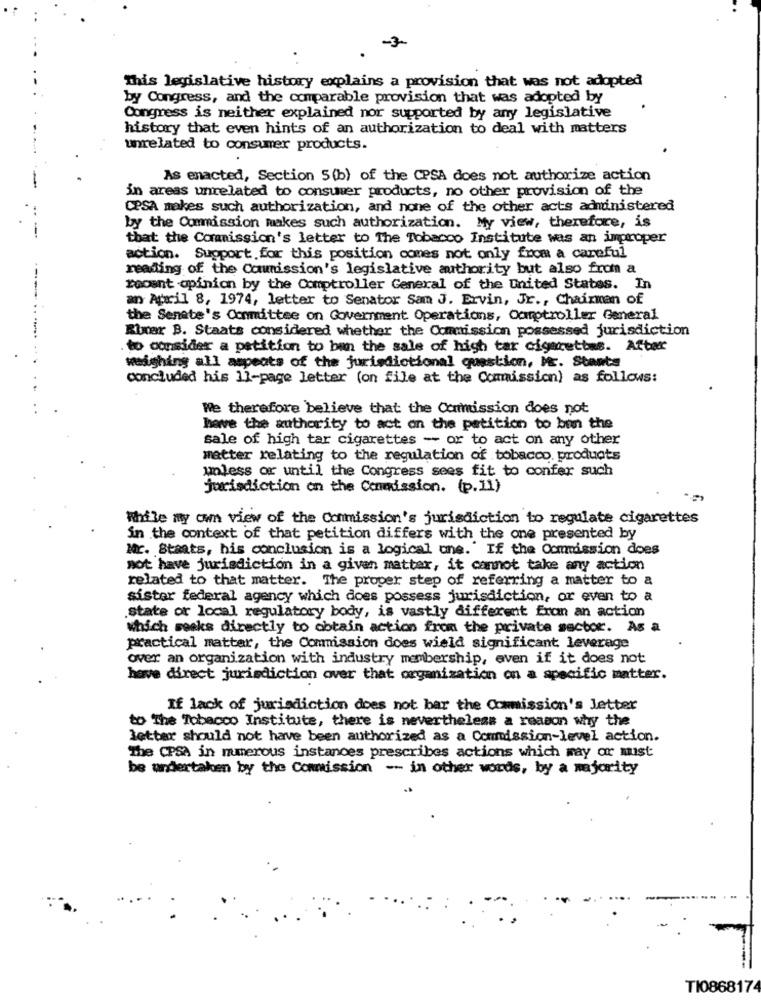
-3
This legislative history explains a provision that was not adopted
by Congress, and the comparable provision that was adopted by
Congress is neither explained nor supported by any legislative
history that even hints of an authorization to deal with matters
unrelated to consumer products.
As enacted, Section 5(b) of the CPSA does not authorize action
in areas unrelated to consumer products, no other provision of the
CPSA makes such authorization, and none of the other acts administered
by the Commission makes such authorization. My view, therefore, is
that the Commission's letter to The Tobacco Institute was an improper
action. Support for this position comes not only from a careful
reading of the Commission's legislative authority but also from a
recent opinion by the Comptroller General of the United States. In
an April 8, 1974, letter to Senator Sam J. Ervin, Jr ., Chairman of
the Senate's Committee on Government Operations, Comptroller General
Rimar B. Staats considered whether the Commission possessed jurisdiction
to consider a petition to ban the sale of high tar cigarettes. After
--..... ...
weighing all aspects of the jurisdictional question, Mc. Stants
concluded his 11-page letter (on file at the Commission) as follows:
We therefore believe that the Commission does not
have the authority to act on the petition to ben the
sale of high tar cigarettes - or to act on any other
matter relating to the regulation of tobacco products
unless or until the Congress sees fit to confer such
jurisdiction on the Cenmission. (p.11)
While my own view of the Commission's jurisdiction to regulate cigarettes
in the context of that petition differs with the one presented by
Mr. Staats, his conclusion is a logical une." If the Commission does
not have jurisdiction in a given matter, it cannot take any action
related to that matter. The proper step of referring a matter to a
sister federal agency which does possess jurisdiction, or even to a
.state or local regulatory body, is vastly different fron an action
which seeks directly to obtain action from the private sector. As a
practical matter, the Commission does wield significant leverage
over an organization with industry membership, even if it does not
have direct jurisdiction over that organization on a specific matter.
If lack of jurisdiction does not bar the Commission's Jetter
to The Tobacco Institute, there is nevertheless a reason why the
letter should not have been authorized as a Commission-level action.
The CPSA in mmerous instances prescribes actions which may or must
be undertaken by the Commission - in other words, by a majority
TI086817